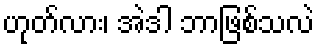
ဟုတ်လား၊ အဲဒါ ဘာဖြစ်သလဲ